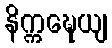
နိက္ကဍ္ဎေယျ